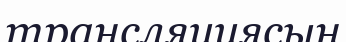
трансляциясын